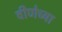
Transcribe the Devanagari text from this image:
वीणेच्या